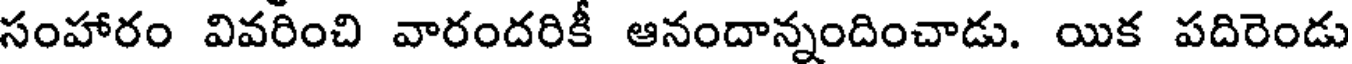
సంహారం వివరించి వారందరికీ ఆనందాన్నందించాడు. యిక పదిరెండు